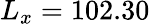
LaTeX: L_{x}=102.30